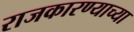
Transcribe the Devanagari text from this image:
राजकारण्याच्या